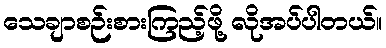
သေချာစဉ်းစားကြည့်ဖို့ လိုအပ်ပါတယ်။